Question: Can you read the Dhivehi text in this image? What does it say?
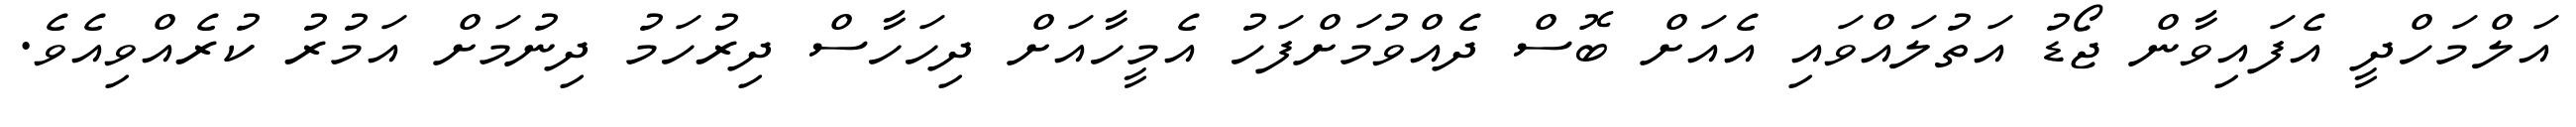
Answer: އަލްމަހްދީ އެފައިވާން ޖޯޑު އަތުލައްވައި އެއަށް ބޮސް ދެއްވުމަށްފަހު އެމީހާއަށް ދިހަހާސް ދިރުހަމު ދިނުމަށް އަމުރު ކުރެއްވިއެވެ.